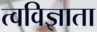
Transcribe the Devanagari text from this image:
त्वविज्ञाता